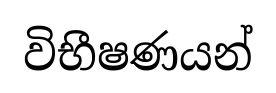
විභීෂණයන්